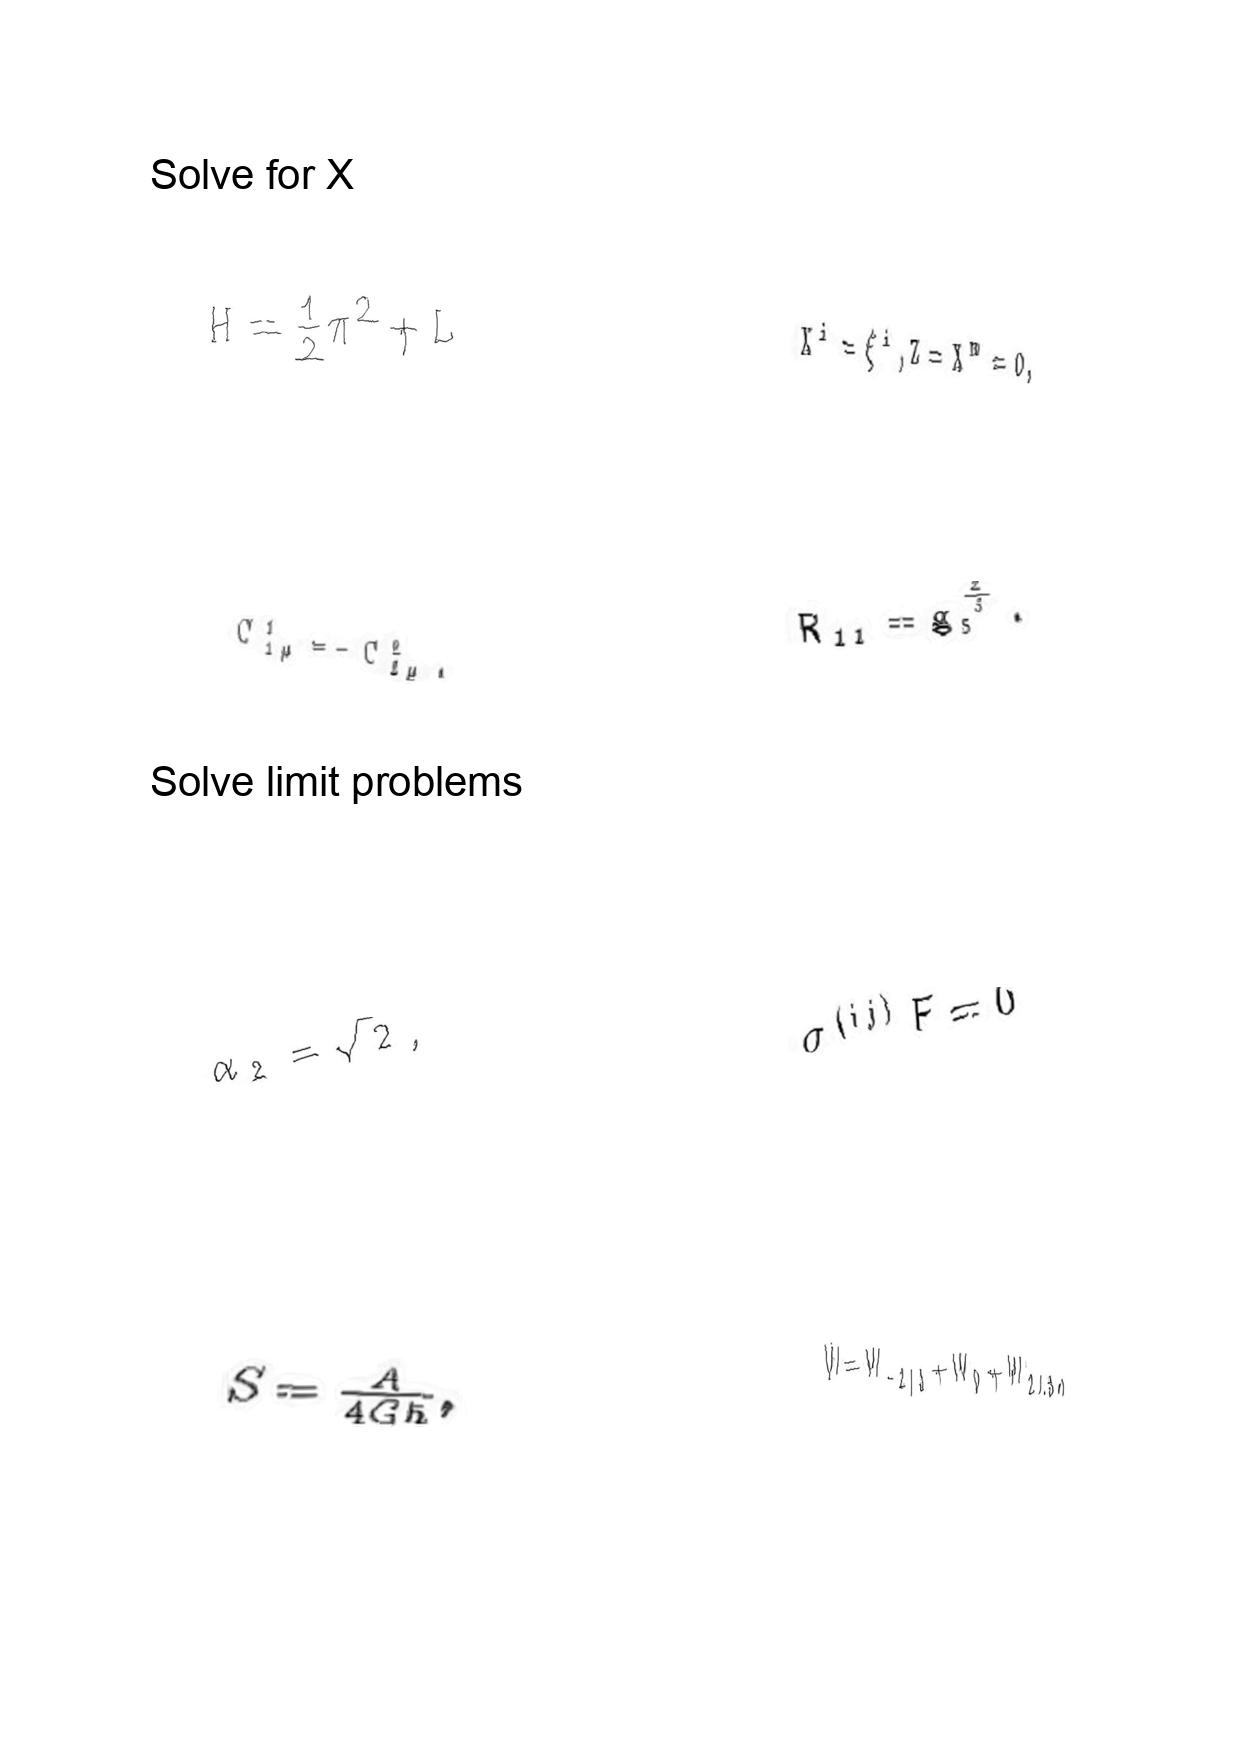
LaTeX transcription:
\tilde { H } = \frac { 1 } { 2 } \pi ^ { 2 } + L
C ^ { 1 } _ { 1 \mu } = - C ^ { 2 } _ { 2 \mu } .
\alpha _ { 2 } = \sqrt { 2 } ,
S = \frac { A } { 4 G \hbar } ,
X ^ { i } = \xi ^ { i } , Z = X ^ { m } = 0 ,
R _ { 1 1 } = g _ { s } ^ { \frac { 2 } { 3 } } .
\sigma ^ { \lparen i j \rparen } F = 0
W = W _ { - 2 / 3 } + W _ { 0 } + W _ { 2 / 3 } ,